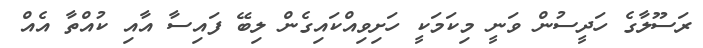
ރަސޫލާގެ ހަދީސުން ވަނީ މިކަމަކީ ހަށިވިއްކައިގެން ލިބޭ ފައިސާ އާއި ކުއްތާ އެއް